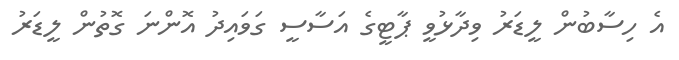
އެ ހިސާބުން ލީޑަރު ވިދާޅުވީ ޕާޓީގެ އަސާސީ ގަވައިދު އޮންނަ ގޮތުން ލީޑަރު